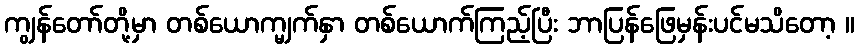
ကျွန်တော်တို့မှာ တစ်ယောက္မျက်နှာ တစ်ယောက်ကြည့်ပြီး ဘာပြန်ဖြေမှန်းပင်မသိတော့ ။